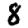
Digit: 8